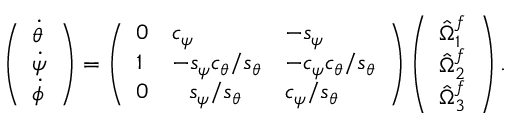
\left( \begin{array} { l } { \dot { \theta } } \\ { \dot { \psi } } \\ { \dot { \phi } } \end{array} \right) = \left( \begin{array} { l l l } { 0 } & { c _ { \psi } } & { - s _ { \psi } } \\ { 1 } & { - s _ { \psi } c _ { \theta } / s _ { \theta } } & { - c _ { \psi } c _ { \theta } / s _ { \theta } } \\ { 0 } & { \hphantom { + } s _ { \psi } / s _ { \theta } } & { c _ { \psi } / s _ { \theta } } \end{array} \right) \left( \begin{array} { l } { \hat { \Omega } _ { 1 } ^ { f } } \\ { \hat { \Omega } _ { 2 } ^ { f } } \\ { \hat { \Omega } _ { 3 } ^ { f } } \end{array} \right) .